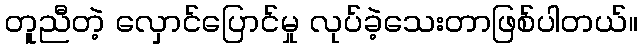
တူညီတဲ့ လှောင်ပြောင်မှု လုပ်ခဲ့သေးတာဖြစ်ပါတယ်။